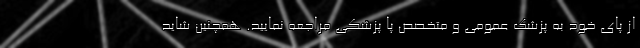
از پای خود به پزشک عمومی و متخصص پا پزشکی مراجعه نمایید. همچنین شاید